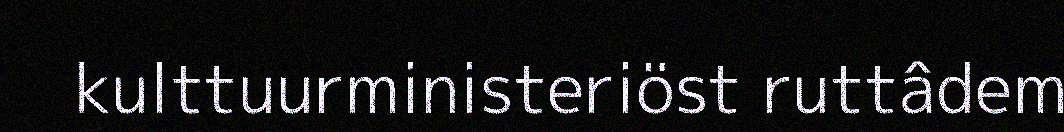
kulttuurministeriöst ruttâdem